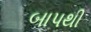
બાપથી